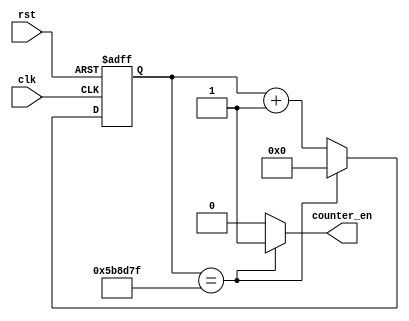
module gen_counter_en (
    input  clk,
    input  rst,
    output counter_en
);

    parameter SIZE = 6000000;

    reg [31:0] o; 
    always @(posedge clk or posedge rst) 
        if (rst) o <= 0;
        else
            if (o == SIZE-1) o <= 0;
            else o <= o + 1;
    assign counter_en = (o == SIZE-1)? 1'b1 : 1'b0; 

endmodule